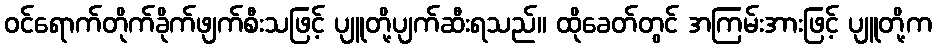
ဝင်ရောက်တိုက်ခိုက်ဖျက်စီးသဖြင့် ပျူတို့ပျက်ဆီးရသည်။ ထိုခေတ်တွင် အကြမ်းအားဖြင့် ပျူတို့က